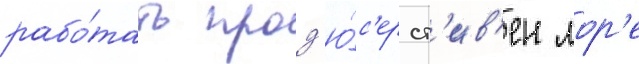
рабо́тать прод'ю́с'ер ст'ив'ен лор'е